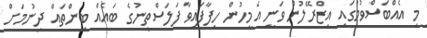
މި އެއްބަސްވުމުގައި އިޒްރޭލުން ވަނީ އެމީހުން ހިފާފައިވާ ފަލަސްތީނުގެ ބައެއް ބިންތައް ދިނުމަށް